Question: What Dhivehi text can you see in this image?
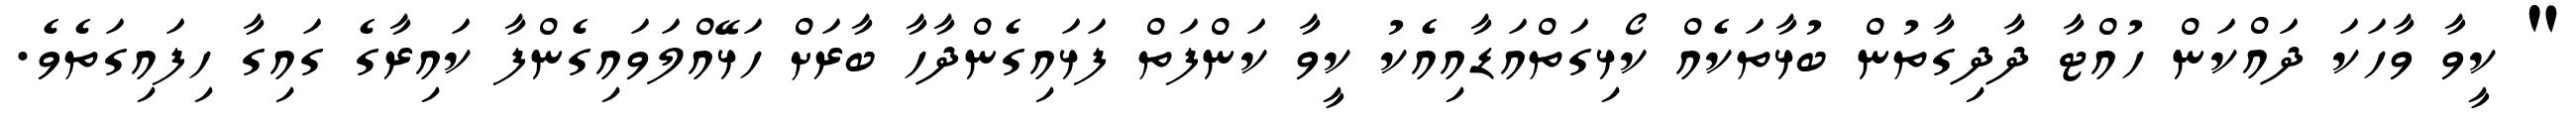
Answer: " ކީވާ ވާހަކަ ދައްކަން ހުއްޓާ ދާދިގާތުން ބުޅާތަކެއް ކޯޅިގަތްއަޑާއިއެކު ކީވާ ކަންފަތް ފަޅައިގެންދާހާ ބާރަށް ހަޅޭއްލަވައިގެންފާ ކައިރާގެ ގައިގާ ހިފައިގަތެވެ.